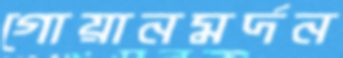
গোয়ানমর্দন